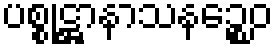
ပစ္စုဋ္ဌာနာသနဉ္စေဝ